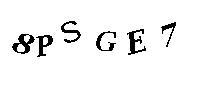
8PSGE7